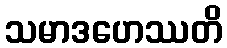
သမာဒဟေဿတိ